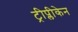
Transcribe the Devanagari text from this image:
ट्रीप्लीकेन